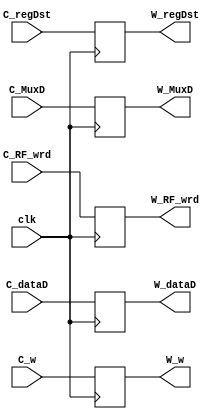
module CW_decoupler
#(parameter DATA_WIDTH=32)
(
	input clk,
	input [(DATA_WIDTH-1):0] C_dataD,
	input [(DATA_WIDTH-1):0] C_w,
	input [6:0] C_regDst,
	input C_MuxD,
	input C_RF_wrd,
	
	output reg [(DATA_WIDTH-1):0] W_dataD,
	output reg [(DATA_WIDTH-1):0] W_w,
	output reg [6:0] W_regDst,
	output reg W_MuxD,
	output reg W_RF_wrd
);

	always @(posedge clk) begin
		W_dataD <= C_dataD;
		W_w <= C_w;
		W_regDst <= C_regDst;
		W_MuxD <= C_MuxD;
		W_RF_wrd <= C_RF_wrd;
	end


endmodule